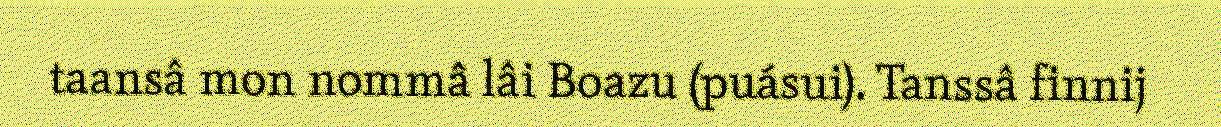
taansâ mon nommâ lâi Boazu (puásui). Tanssâ finnij